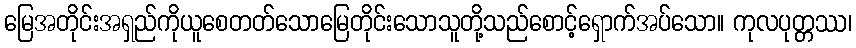
မြေအတိုင်းအရှည်ကိုယူစေတတ်သောမြေတိုင်းသောသူတို့သည်စောင့်ရှောက်အပ်သော။ ကုလပုတ္တဿ၊